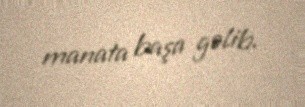
manata başa gəlib.